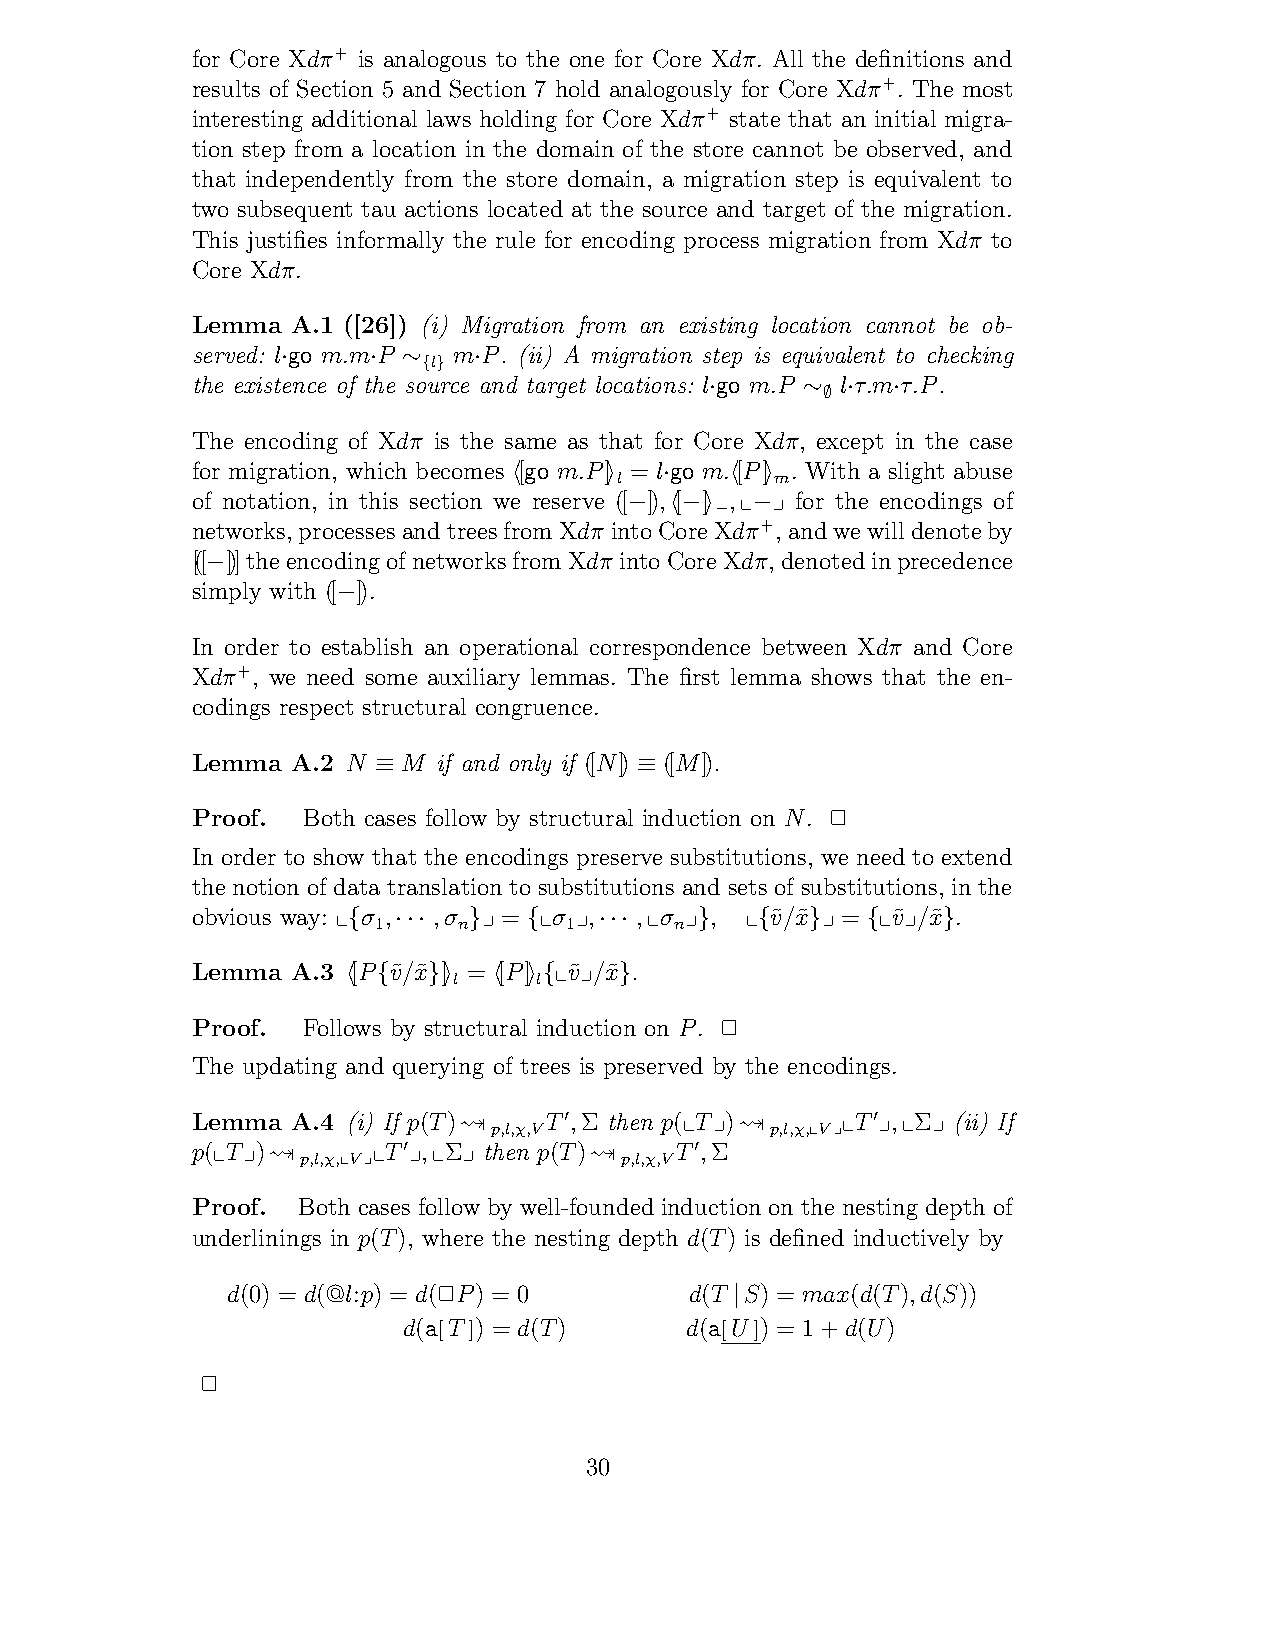
for Core Xdπ+ is analogous to the one for Core Xdπ. All the definitions and
 results of Section 5 and Section 7 hold analogously for Core Xdπ+. The most
 interesting additional laws holding for Core Xdπ+ state that an initial migra-
 tion step from a location in the domain of the store cannot be observed, and
 that independently from the store domain, a migration step is equivalent to
 two subsequent tau actions located at the source and target of the migration.
 This justifies informally the rule for encoding process migration from Xdπ to
 Core Xdπ.
 Lemma A.1 ([26]) (i) Migration from an existing location cannot be ob-
 served: l go m.mP mP. (ii) A migration step is equivalent to checking
 l
 ·    ·  ∼{} ·
 the existence of the source and target locations: l go m.P l τ.mτ.P.
 ·     ∼∅ ·  ·
 The encoding of Xdπ is the same as that for Core Xdπ, except in the case
 for migration, which becomes [go m.P] = l go m.[P] . With a slight abuse
 l         m
 !     "   ·   !  "
 of notation, in this section we reserve ([ ]), [ ] ,# $ for the encodings of
 networks,processesandtreesfromXdπ in− toC! o− re" X− dπ− +,andwewilldenoteby
 [([ ])]theencodingofnetworksfromXdπ intoCoreXdπ,denotedinprecedence
 −
 simply with ([ ]).
 −
 In order to establish an operational correspondence between Xdπ and Core
 Xdπ+, we need some auxiliary lemmas. The first lemma shows that the en-
 codings respect structural congruence.
 Lemma A.2 N   M if and only if ([N]) ([M]).
 ≡                ≡
 Proof. Both cases follow by structural induction on N. !
 In order to show that the encodings preserve substitutions, we need to extend
 the notion of data translation to substitutions and sets of substitutions, in the
 obvious way: # σ 1, ,σ n $ = #σ 1$, ,#σ n$ , # v˜/x˜ $ = #v˜$/x˜ .
 {  ···  }   {    ···   }   {   }  {    }
 Lemma A.3 [P v˜/x˜ ]
 l
 = [P]
 l
 #v˜$/x˜ .
 ! {  }"   ! " {   }
 Proof. Follows by structural induction on P. !
 The updating and querying of trees is preserved by the encodings.
 Lemma A.4 (i) If p(T)"!p,l,χ,VT !,Σ then p(#T$)"!p,l,χ,"V##T !$,#Σ$ (ii) If
 p(#T$)"!p,l,χ,"V##T !$,#Σ$ then p(T)"!p,l,χ,VT !,Σ
 Proof. Both cases follow by well-founded induction on the nesting depth of
 underlinings in p(T), where the nesting depth d(T) is defined inductively by
 d(0) = d(@l:p) = d(!P) = 0     d(T S) = max(d(T),d(S))
 |
 d(a[T ]) = d(T)   d(a[U ]) = 1+d(U)
 !
 30